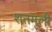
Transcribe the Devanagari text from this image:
शतमूली